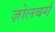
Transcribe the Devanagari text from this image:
ज़ोलबर्ग